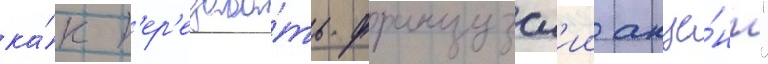
ка́к п'ер'едава́ть французск'ии акце́нт"